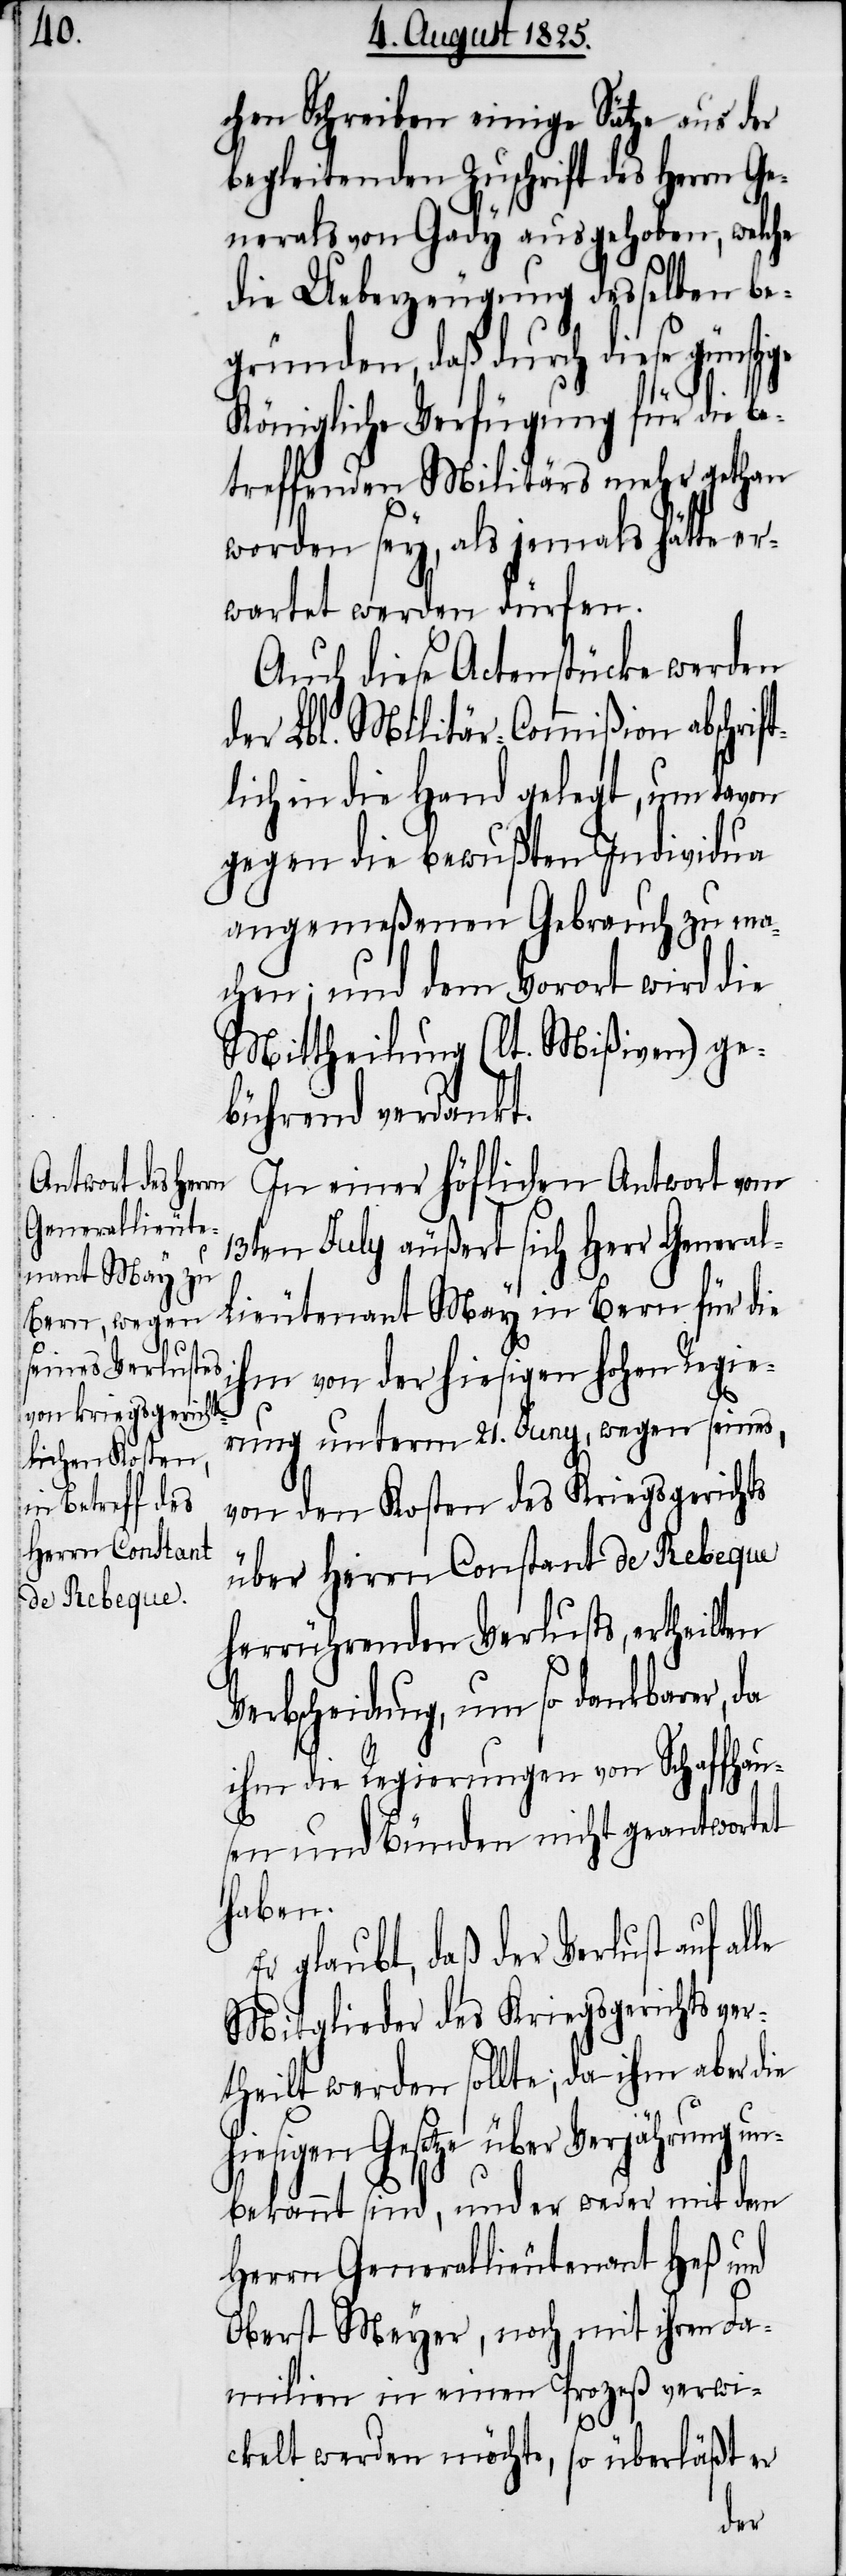
chen Schreiben einige Sätze aus der
begleitenden Zuschrift des Herrn Ge¬
nerals von Gady ausgehoben, welche
die Ueberzeugung desselben be¬
gründen, daß durch diese günstige
Königliche Verfügung für die be¬
treffenden Militärs mehr gethan
worden sey, als jemals hätte er¬
wartet werden dürfen.
In einer höflichen Antwort vom
13ten July äußert sich Herr General¬
lieutenant May in Bern für die
ihm von der hiesigen hohen Regie¬
rung unterm 21. Juny, wegen seines,
von den Kosten des Kriegsgerichts
über Herrn Constant de Rebeque
herrührenden Verlusts, ertheilten
Verbscheidung, um so dankbarer, da
ihm die Regierungen von Schaffhau¬
sen und Bünden nicht geantwortet
haben.
Er glaubt, daß der Verlust auf al¬
Mitglieder des Kriegsgerichts ver¬
theilt werden sollte; da ihm aber die
hiesigen Gesetze über Verjährung un¬
bekannt sind, und er weder mit dem
Herrn Generallieutenant Heß und
Oberst Meyer, noch mit ihren Fa¬
milien in einen Prozeß verwi¬
ckelt werden möchte, so überläßt er
le